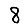
Digit: 8